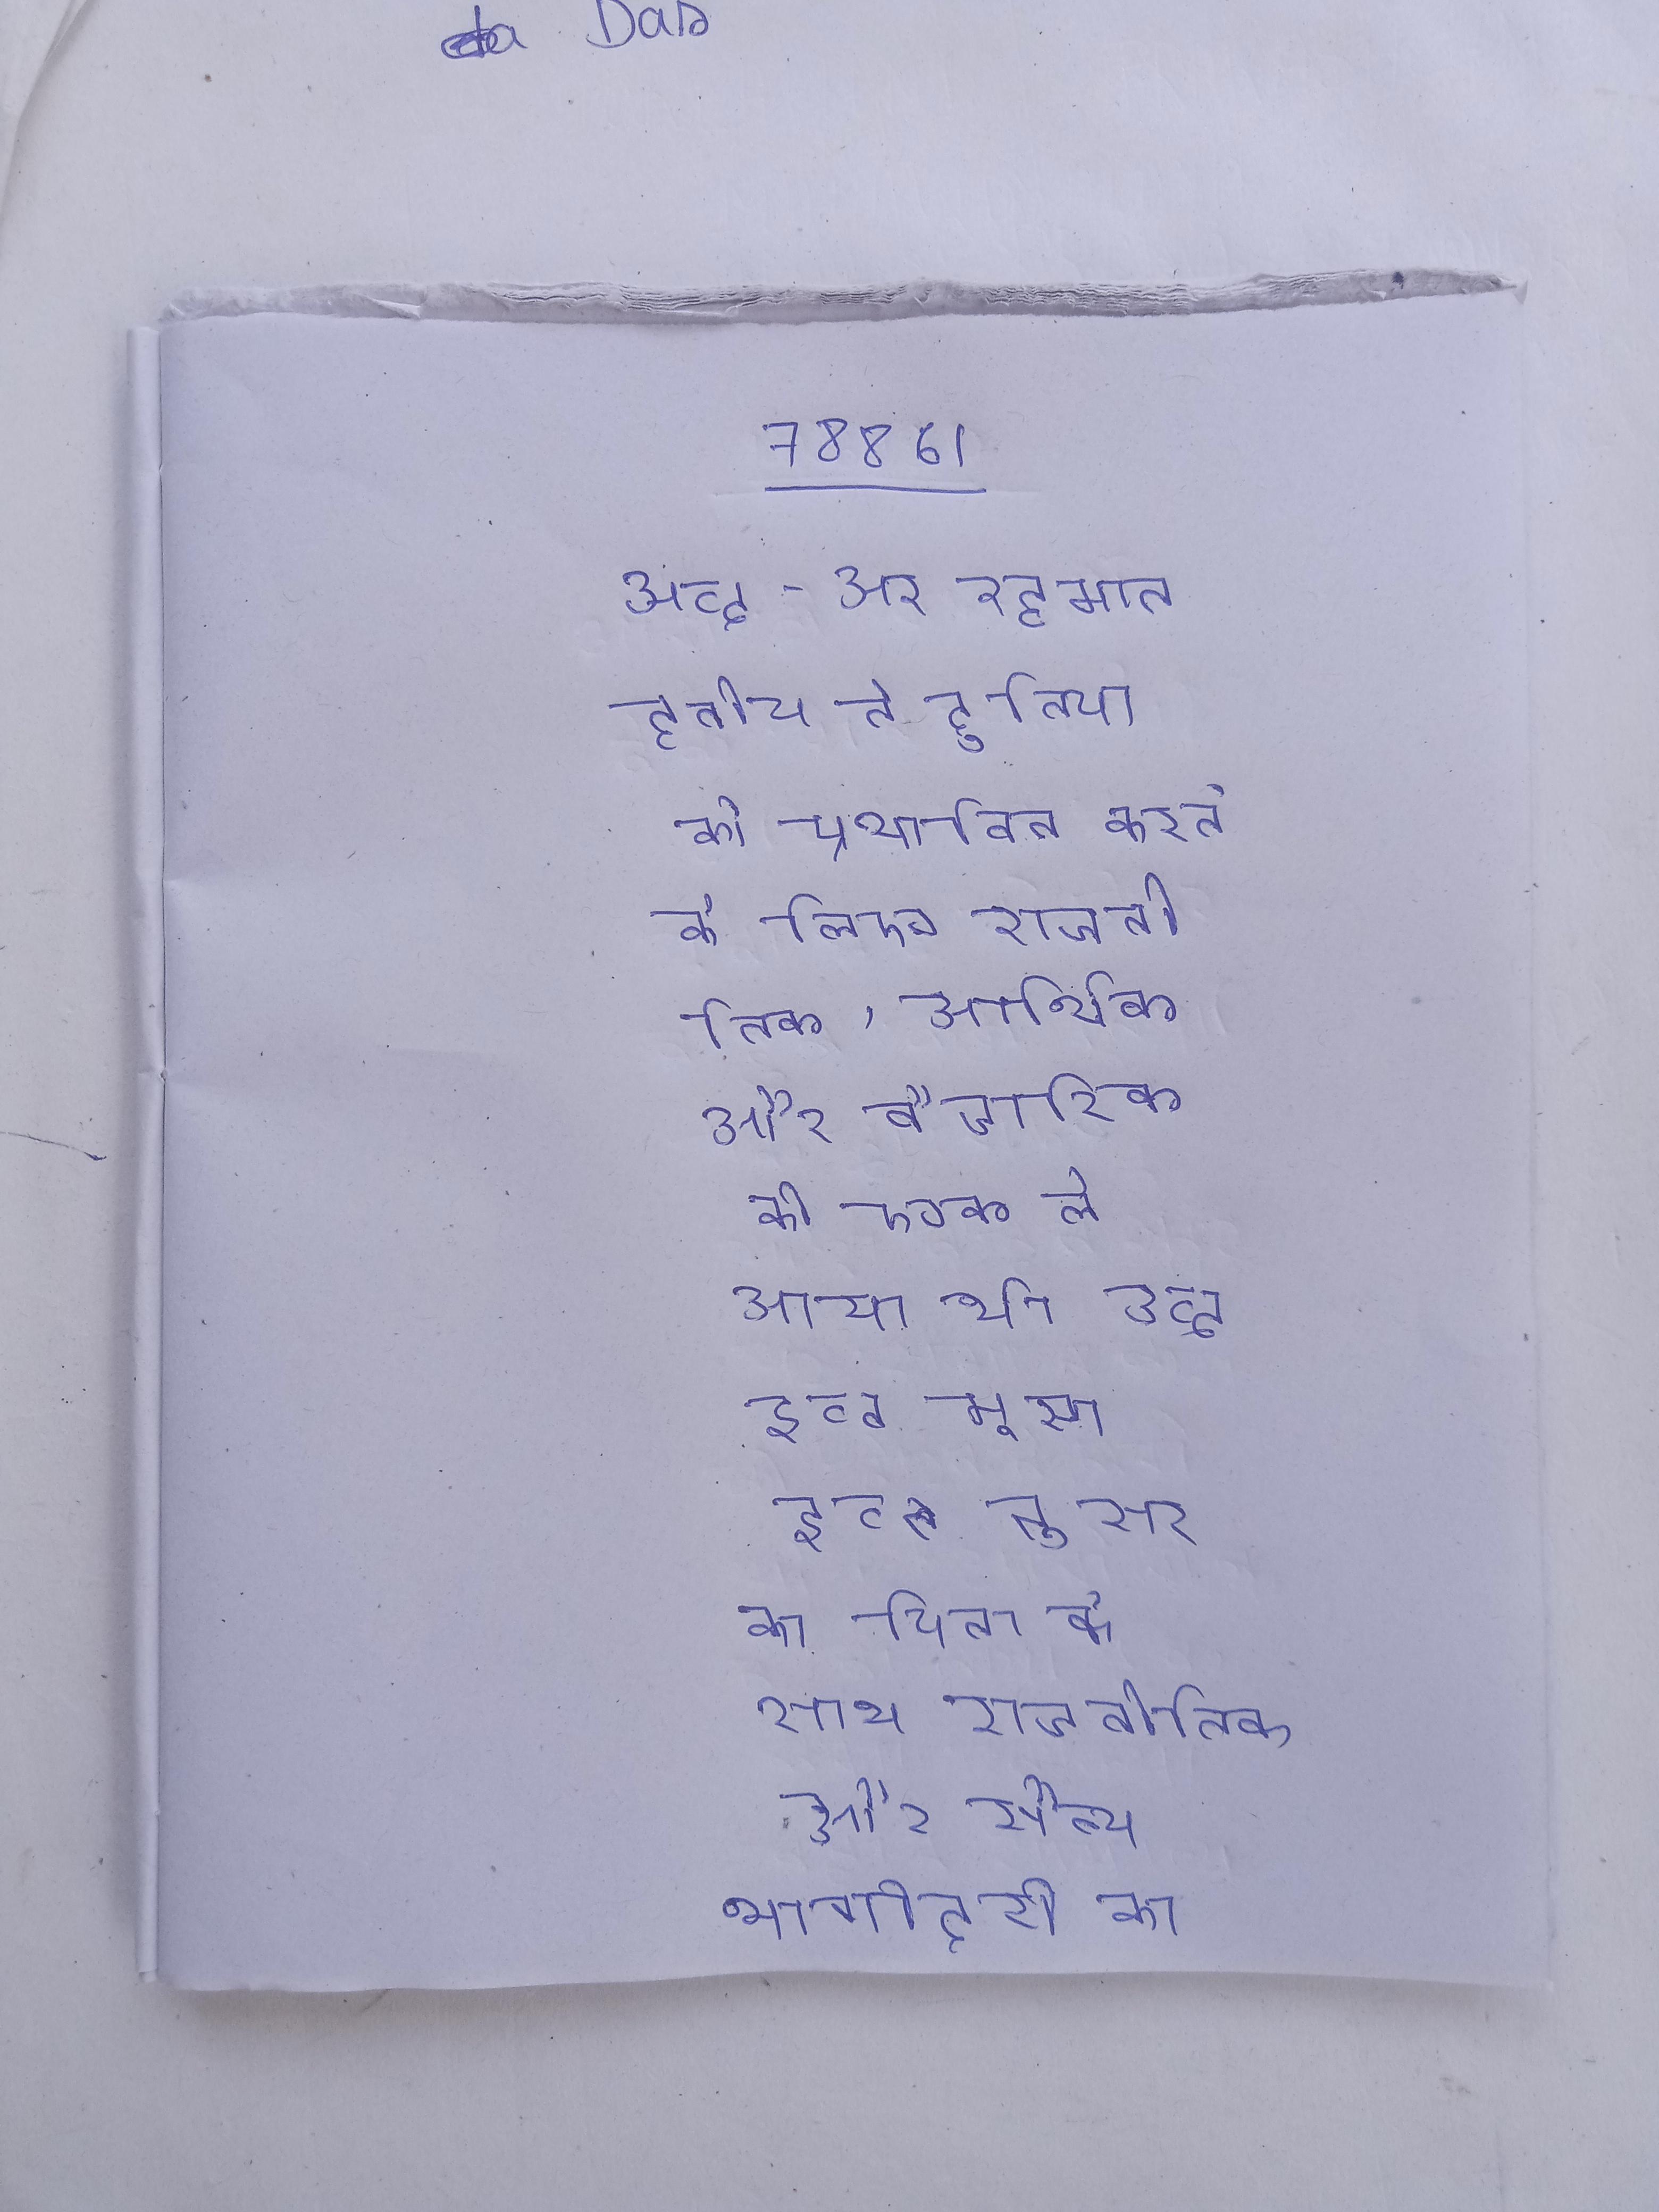
अब्द-अर-रहमान तृतीय ने दुनिया को प्रभावित करने के लिए राजनीतिक, आर्थिक और वैचारिक की एक ले आया था । अब्द इब्न मुसा इब्न नुसर का पिता के साथ राजनीतिक और सैन्य भागीदारी का इतिहास था । अब्द अल-मलिक एक शिक्षित और निपुण शासक था, उसके दौर बहुत सी राजनीतिक बनी ।